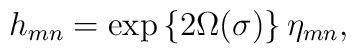
h_{mn}=\exp\left\{2\Omega(\sigma)\right\} \eta_{mn},